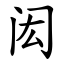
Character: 闳